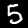
Digit: 5